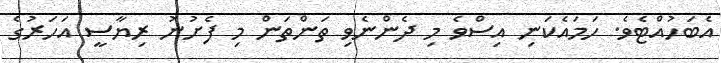
އެބަހުއްޓެވެ. ހަމައެކަނި އިސްވެ މި ދެންނެވި ތަންތަން މި ފެށުނު ރިޔާސީ އަހަރުގެ